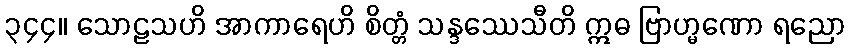
၃၄၄။ သောဠသဟိ အာကာရေဟိ စိတ္တံ သန္ဒဿေသီတိ ဣဓ ဗြာဟ္မဏော ရညော